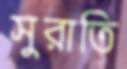
সুরাতি